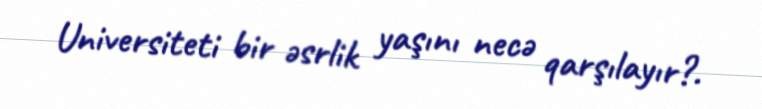
Universiteti bir əsrlik yaşını necə qarşılayır?.